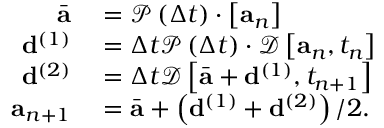
\begin{array} { r } { \begin{array} { r l } { \bar { \mathbf { a } } } & { { } = \mathcal { P } \left( \Delta t \right) \cdot \left[ \mathbf { a } _ { n } \right] } \\ { \mathbf { d } ^ { ( 1 ) } } & { { } = \Delta t \mathcal { P } \left( \Delta t \right) \cdot \mathcal { D } \left[ \mathbf { a } _ { n } , t _ { n } \right] } \\ { \mathbf { d } ^ { ( 2 ) } } & { { } = \Delta t \mathcal { D } \left[ \bar { \mathbf { a } } + \mathbf { d } ^ { ( 1 ) } , t _ { n + 1 } \right] } \\ { \mathbf { a } _ { n + 1 } } & { { } = \bar { \mathbf { a } } + \left( \mathbf { d } ^ { ( 1 ) } + \mathbf { d } ^ { ( 2 ) } \right) / 2 . } \end{array} } \end{array}